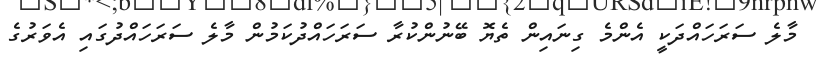
މާލެ ސަރަހައްދަކީ އެންމެ ގިނައިން ތެޔޮ ބޭނުންކުރާ ސަރަހައްދުކަމުން މާލެ ސަރަހައްދުގައި އެވަރުގެ